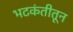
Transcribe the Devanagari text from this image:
भटकंतीतून